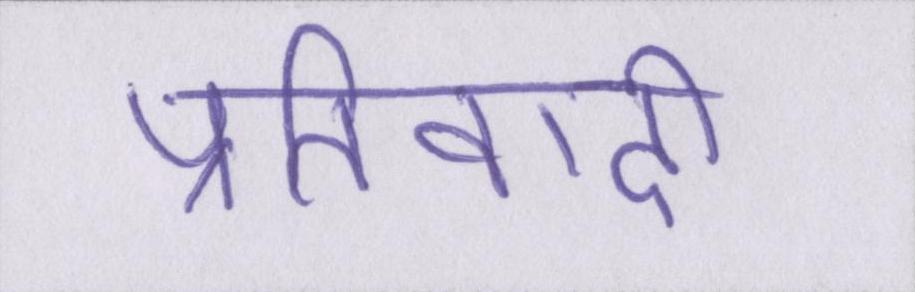
प्रतिवादी